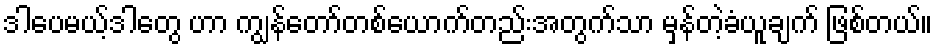
ဒါပေမယ့်ဒါတွေ ဟာ ကျွန်တော်တစ်ယောက်တည်းအတွက်သာ မှန်တဲ့ခံယူချက် ဖြစ်တယ်။